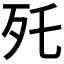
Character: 𣧃